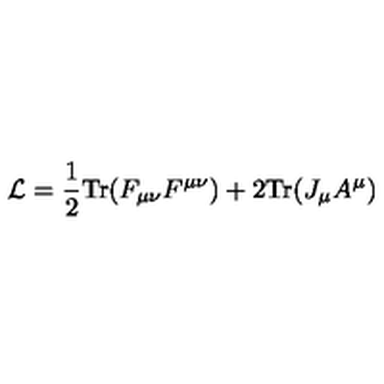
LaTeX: { \cal L } = { \frac { 1 } { 2 } } \mathrm { T r } ( F _ { \mu \nu } F ^ { \mu \nu } ) + 2 \mathrm { T r } ( J _ { \mu } A ^ { \mu } )